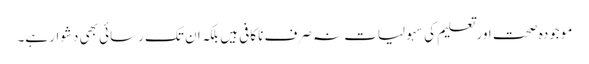
موجودہ صحت اور تعلیم کی سہولیات نہ صرف ناکافی ہیں بلکہ ان تک رسائی بھی دشوار ہے۔